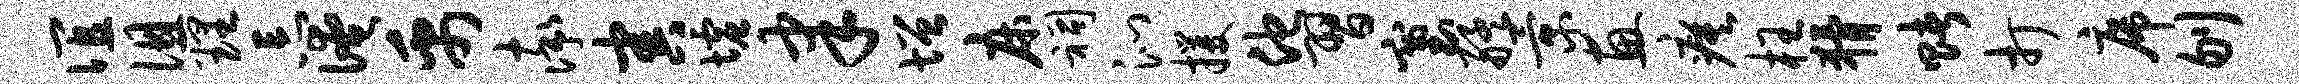
谊徂理忘淹禹率害墟聿增床祠沁攫他习塞艋景惠瘼枉猾赌打席刎